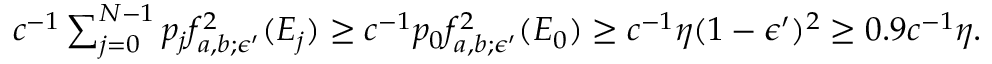
\begin{array} { r } { c ^ { - 1 } \sum _ { j = 0 } ^ { N - 1 } p _ { j } f _ { a , b ; \epsilon ^ { \prime } } ^ { 2 } ( E _ { j } ) \ge c ^ { - 1 } p _ { 0 } f _ { a , b ; \epsilon ^ { \prime } } ^ { 2 } ( E _ { 0 } ) \ge c ^ { - 1 } \eta ( 1 - \epsilon ^ { \prime } ) ^ { 2 } \ge 0 . 9 c ^ { - 1 } \eta . } \end{array}